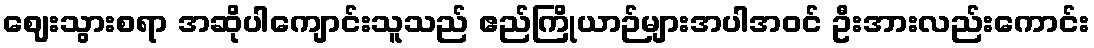
ဈေးသွားစရာ အဆိုပါကျောင်းသူသည် ဧည်ကြိုယာဉ်များအပါအဝင် ဦးအားလည်းကောင်း